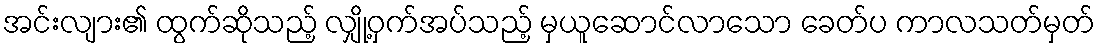
အင်းလျား၏ ထွက်ဆိုသည့် လျှို့ဝှက်အပ်သည့် မှယူဆောင်လာသော ခေတ်ပ ကာလသတ်မှတ်